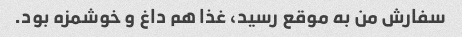
سفارش من به موقع رسید، غذا هم داغ و خوشمزه بود.